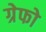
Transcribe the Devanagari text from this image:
ग्रेफो